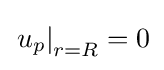
\left.u_{p}\right|_{r=R}=0